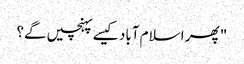
" پھر اسلام آباد کیسے پہنچیں گے؟